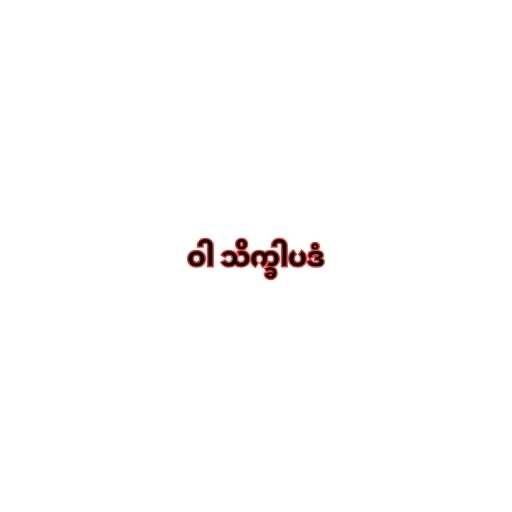
ဝါ သိက္ခါပဒံ